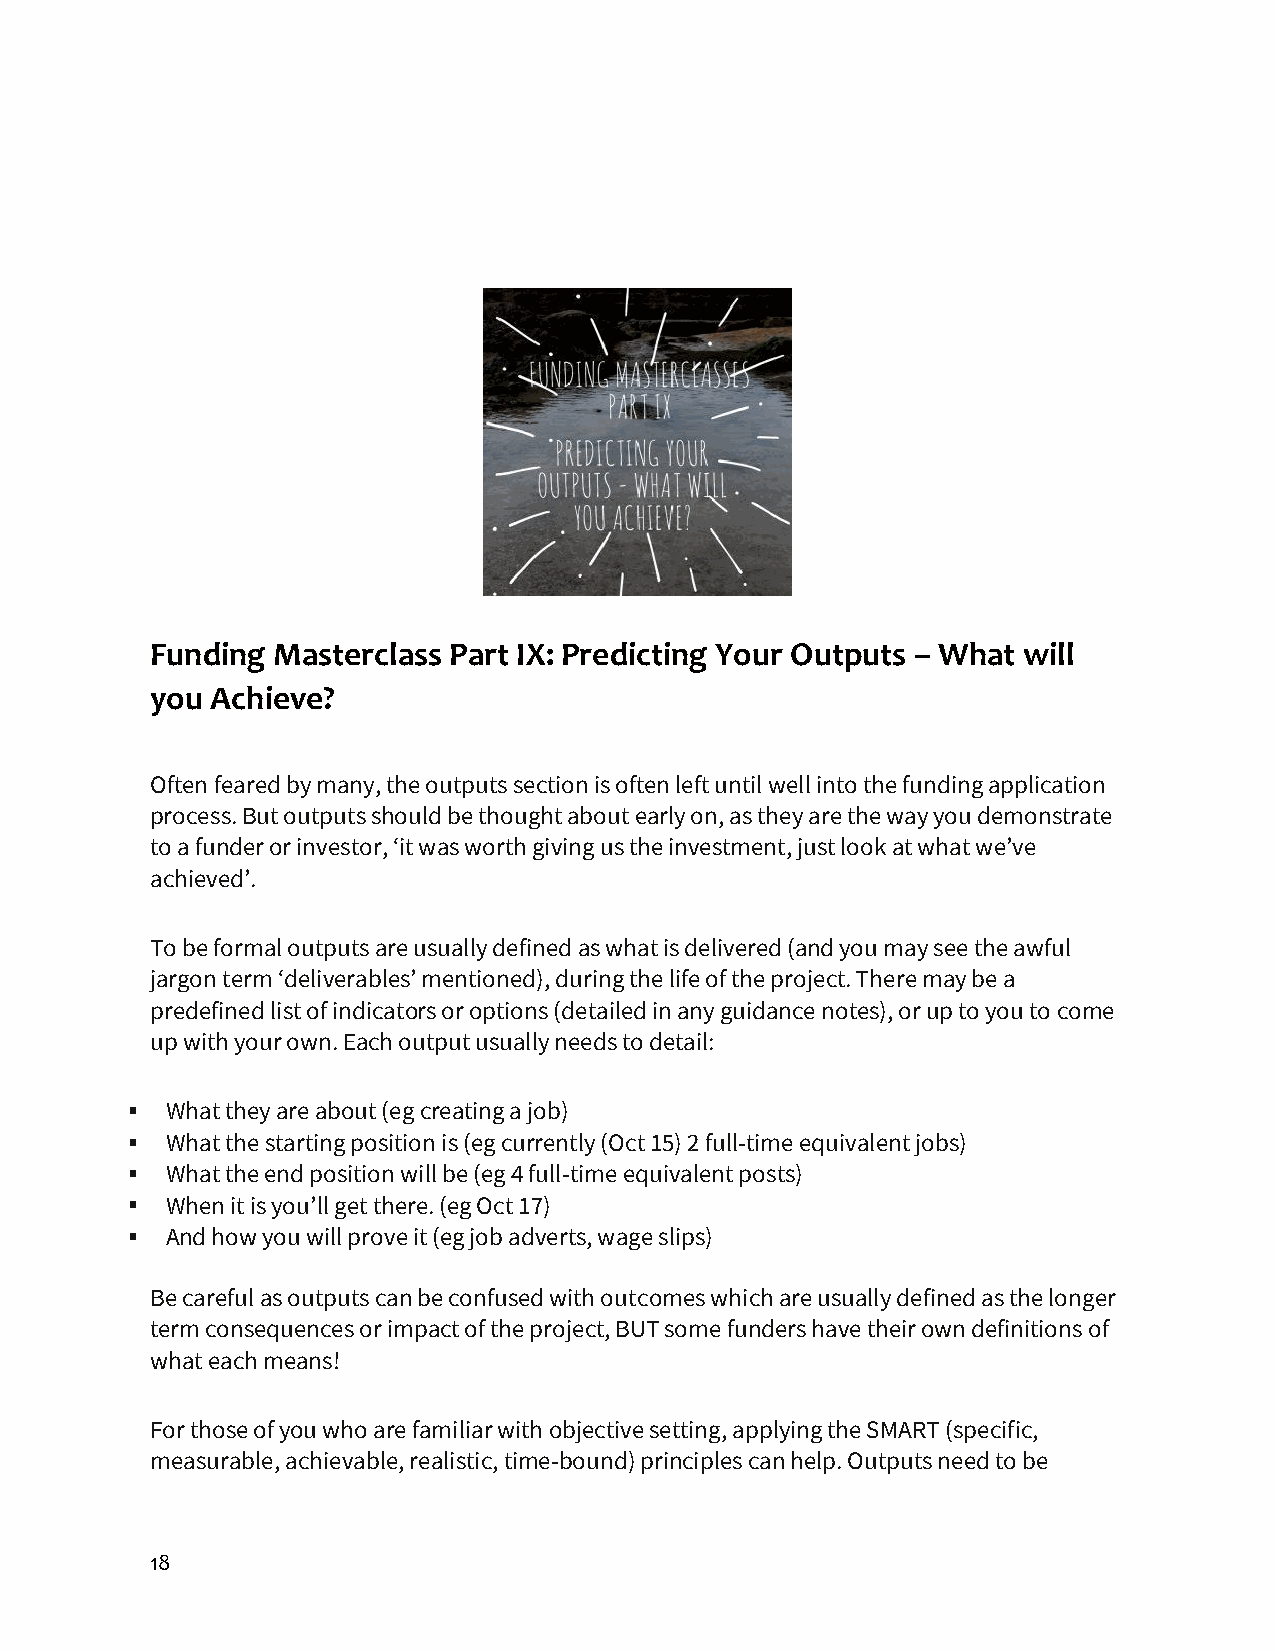
Funding Masterclass Part IX: Predicting Your Outputs – What will
 you Achieve?
 Often feared by many, the outputs section is often left until well into the funding application
 process. But outputs should be thought about early on, as they are the way you demonstrate
 to a funder or investor, ‘it was worth giving us the investment, just look at what we’ve
 achieved’.
 To be formal outputs are usually defined as what is delivered (and you may see the awful
 jargon term ‘deliverables’ mentioned), during the life of the project. There may be a
 predefined list of indicators or options (detailed in any guidance notes), or up to you to come
 up with your own. Each output usually needs to detail:
 What they are about (eg creating a job)
 What the starting position is (eg currently (Oct 15) 2 full-time equivalent jobs)
 What the end position will be (eg 4 full-time equivalent posts)
 When it is you’ll get there. (eg Oct 17)
 And how you will prove it (eg job adverts, wage slips)
 Be careful as outputs can be confused with outcomes which are usually defined as the longer
 term consequences or impact of the project, BUT some funders have their own definitions of
 what each means!
 For those of you who are familiar with objective setting, applying the SMART (specific,
 measurable, achievable, realistic, time-bound) principles can help. Outputs need to be
 18